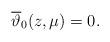
LaTeX: \begin{align*}\overline\vartheta_0(z,\mu) = 0.\end{align*}